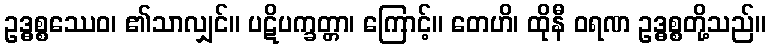
ဥဒ္ဓစ္စဿေဝ၊ ၏သာလျှင်။ ပဋိပက္ခတ္တာ၊ ကြောင့်။ တေဟိ၊ ထိုနီ ဝရဏ ဥဒ္ဓစ္စတို့သည်။